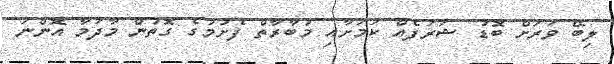
ލިބޭ ވަރަށް ބޮޑު ޝަރަފެއް ކަމަށާއި މުބާރާތް ފެށުމުގެ ގޮތުން މާދަމާ އޮންނަ